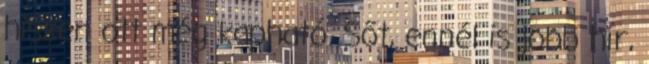
hiszen ott még kapható. Sőt, ennél is jobb hír,